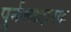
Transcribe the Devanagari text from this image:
पुर्नरूध्दारक